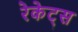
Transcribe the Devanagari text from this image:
रेकेट्स